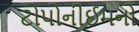
ટોપોનીઈમનો